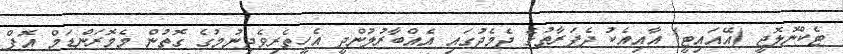
ޓެކްނޮލޮޖީ (އޭއައިޓީ) އާއިއެކު ދެފަރާތުގެ ދެމެދުގައި އެއްބާރުލުންދީ އެހީތެރިވެދިނުމުގެ ގޮތުން މެމޮރަންޑަމް އޮފް